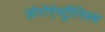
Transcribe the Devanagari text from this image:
ज़ोरोऐस्ट्रीनिस्म